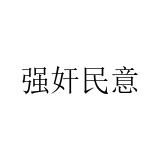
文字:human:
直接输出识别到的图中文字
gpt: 强奸民意